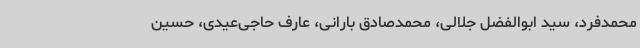
محمدفرد، سید ابوالفضل جلالی، محمدصادق بارانی، عارف حاجی‌عیدی، حسین